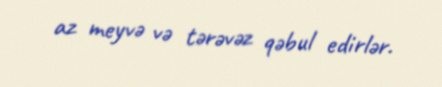
az meyvə və tərəvəz qəbul edirlər.